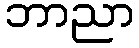
ဘာညာ